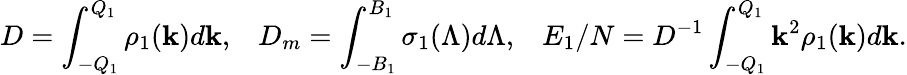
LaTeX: D=\int_{-Q_{1}}^{Q_{1}}{\rho_{1}(\mathbf{k})d\mathbf{k}},\; \; \; D_{m}=\int_{-B_{1}}^{B_{1}}{\sigma_{1}(\Lambda)d\Lambda},\; \; \; E_{1}/N=D^{-1}\int_{-Q_{1}}^{Q_{1}}{\mathbf{k}^{2}\rho_{1}(\mathbf{k})d\mathbf{k}}.